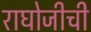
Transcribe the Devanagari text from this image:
राघोजीची